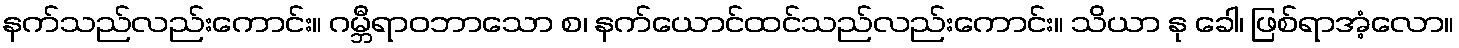
နက်သည်လည်းကောင်း။ ဂမ္ဘီရာဝဘာသော စ၊ နက်ယောင်ထင်သည်လည်းကောင်း။ သိယာ နု ခေါ၊ ဖြစ်ရာအံ့လော။